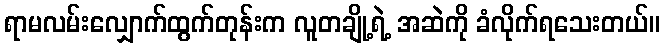
ရာမလမ်းလျှောက်ထွက်တုန်းက လူတချို့ရဲ့ အဆဲကို ခံလိုက်ရသေးတယ်။